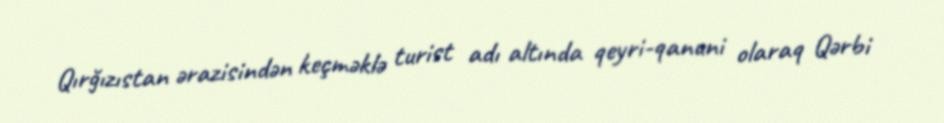
Qırğızıstan ərazisindən keçməklə turist adı altında qeyri-qanuni olaraq Qərbi